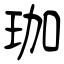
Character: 珈